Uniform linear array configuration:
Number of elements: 48
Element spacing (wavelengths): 0.25
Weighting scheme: hamming
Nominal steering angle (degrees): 30
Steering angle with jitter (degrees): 29.98
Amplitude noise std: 0.05
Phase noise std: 0.05

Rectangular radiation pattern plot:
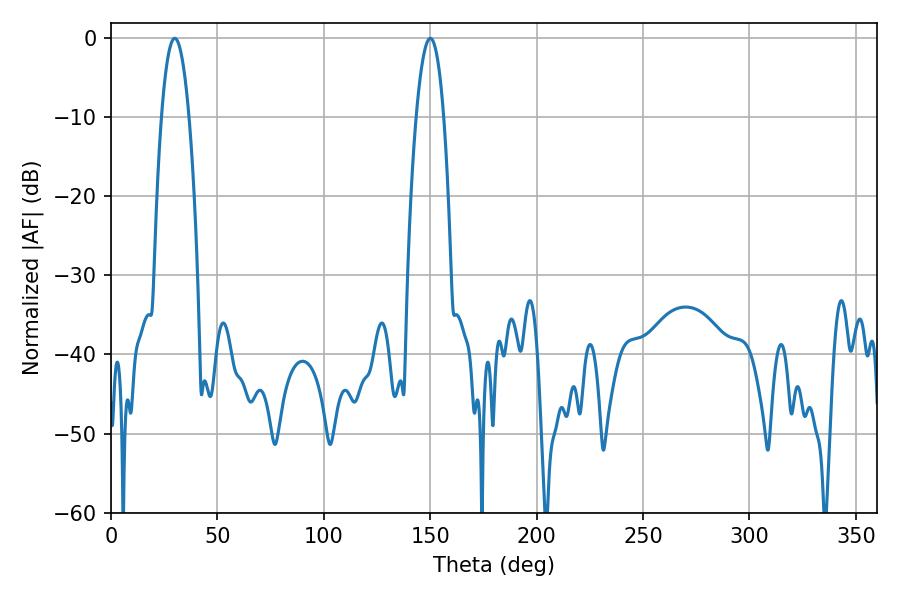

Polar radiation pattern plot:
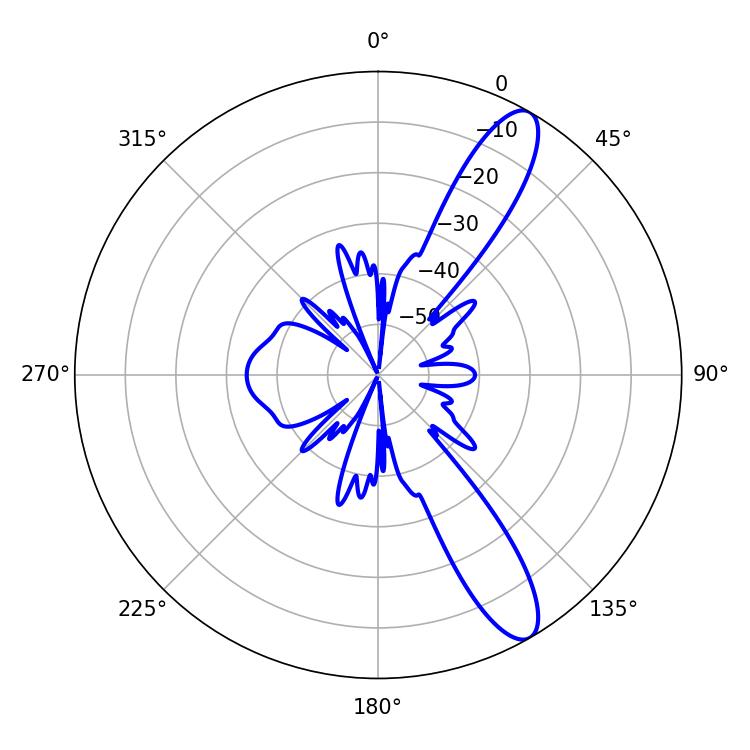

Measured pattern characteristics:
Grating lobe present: FALSE
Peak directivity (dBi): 11.735
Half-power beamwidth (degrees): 7.2
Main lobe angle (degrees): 29.88